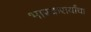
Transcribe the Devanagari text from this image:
भास्करार्यांचा